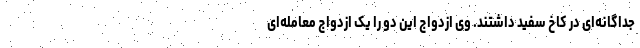
جداگانه‌ای در کاخ سفید داشتند. وی ازدواج این دو را یک ازدواج معامله‌ای